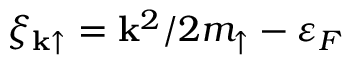
\xi _ { \mathbf { k } \uparrow } = { \mathbf k } ^ { 2 } / 2 m _ { \uparrow } - \varepsilon _ { F }